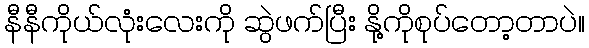
နီနီကိုယ်လုံးလေးကို ဆွဲဖက်ပြီး နို့ကိုစုပ်တော့တာပဲ။